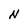
Character: N